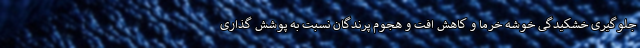
جلوگیری خشکیدگی خوشه خرما و کاهش افت و هجوم پرندگان نسبت به پوشش گذاری